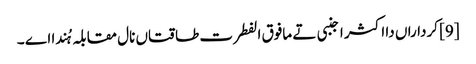
[9] کرداراں دا اکثر اجنبی تے مافوق الفطرت طاقتاں نال مقابلہ ہُندا اے ۔